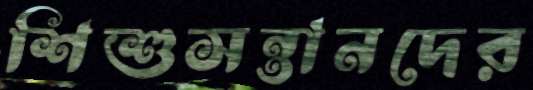
শিশুসন্তানদের